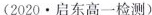
(2020 · 启东高一检测)